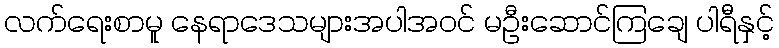
လက်ရေးစာမူ နေရာဒေသများအပါအဝင် မဦးဆောင်ကြချေ ပါရီနှင့်